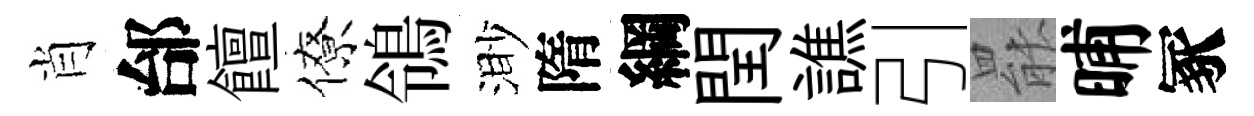
肖邰饘僚鴒渺隋綱閏譙引罷晡冢